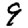
Digit: 9